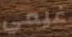
غيمي